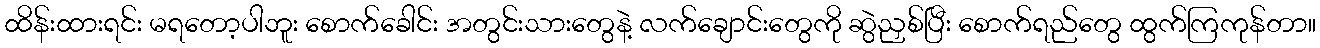
ထိန်းထားရင်း မရတော့ပါဘူး စောက်ခေါင်း အတွင်းသားတွေနဲ့ လက်ချောင်းတွေကို ဆွဲညှစ်ပြီး စောက်ရည်တွေ ထွက်ကြကုန်တာ။